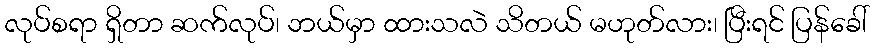
လုပ်စရာ ရှိတာ ဆက်လုပ်၊ ဘယ်မှာ ထားသလဲ သိတယ် မဟုတ်လား၊ ပြီးရင် ပြန်ခေါ်